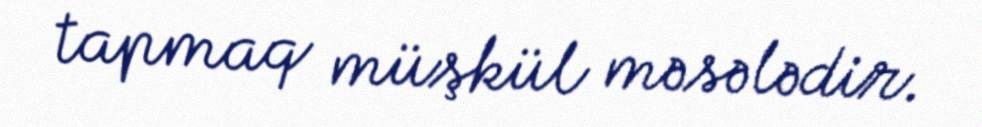
tapmaq müşkül məsələdir.